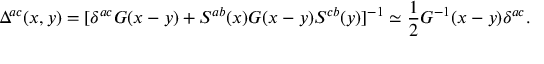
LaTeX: \Delta ^ { a c } ( x , y ) = [ \delta ^ { a c } G ( x - y ) + S ^ { a b } ( x ) G ( x - y ) S ^ { c b } ( y ) ] ^ { - 1 } \simeq \frac { 1 } { 2 } G ^ { - 1 } ( x - y ) \delta ^ { a c } .